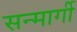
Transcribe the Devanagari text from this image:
सन्मार्गी